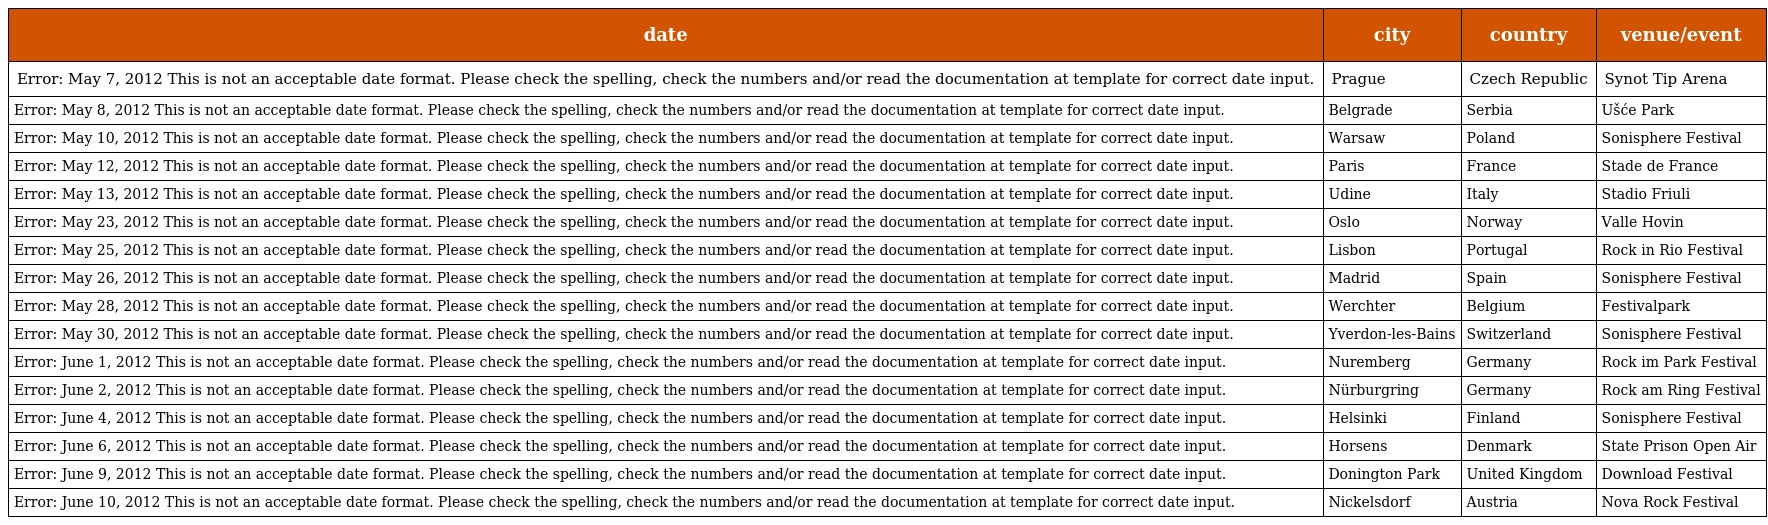
| date | city | country | venue/event |
 | --- | --- | --- | --- |
 | Error: May 7, 2012 This is not an acceptable date format. Please check the spelling, check the numbers and/or read the documentation at template for correct date input. | Prague | Czech Republic | Synot Tip Arena |
 | Error: May 8, 2012 This is not an acceptable date format. Please check the spelling, check the numbers and/or read the documentation at template for correct date input. | Belgrade | Serbia | Ušće Park |
 | Error: May 10, 2012 This is not an acceptable date format. Please check the spelling, check the numbers and/or read the documentation at template for correct date input. | Warsaw | Poland | Sonisphere Festival |
 | Error: May 12, 2012 This is not an acceptable date format. Please check the spelling, check the numbers and/or read the documentation at template for correct date input. | Paris | France | Stade de France |
 | Error: May 13, 2012 This is not an acceptable date format. Please check the spelling, check the numbers and/or read the documentation at template for correct date input. | Udine | Italy | Stadio Friuli |
 | Error: May 23, 2012 This is not an acceptable date format. Please check the spelling, check the numbers and/or read the documentation at template for correct date input. | Oslo | Norway | Valle Hovin |
 | Error: May 25, 2012 This is not an acceptable date format. Please check the spelling, check the numbers and/or read the documentation at template for correct date input. | Lisbon | Portugal | Rock in Rio Festival |
 | Error: May 26, 2012 This is not an acceptable date format. Please check the spelling, check the numbers and/or read the documentation at template for correct date input. | Madrid | Spain | Sonisphere Festival |
 | Error: May 28, 2012 This is not an acceptable date format. Please check the spelling, check the numbers and/or read the documentation at template for correct date input. | Werchter | Belgium | Festivalpark |
 | Error: May 30, 2012 This is not an acceptable date format. Please check the spelling, check the numbers and/or read the documentation at template for correct date input. | Yverdon-les-Bains | Switzerland | Sonisphere Festival |
 | Error: June 1, 2012 This is not an acceptable date format. Please check the spelling, check the numbers and/or read the documentation at template for correct date input. | Nuremberg | Germany | Rock im Park Festival |
 | Error: June 2, 2012 This is not an acceptable date format. Please check the spelling, check the numbers and/or read the documentation at template for correct date input. | Nürburgring | Germany | Rock am Ring Festival |
 | Error: June 4, 2012 This is not an acceptable date format. Please check the spelling, check the numbers and/or read the documentation at template for correct date input. | Helsinki | Finland | Sonisphere Festival |
 | Error: June 6, 2012 This is not an acceptable date format. Please check the spelling, check the numbers and/or read the documentation at template for correct date input. | Horsens | Denmark | State Prison Open Air |
 | Error: June 9, 2012 This is not an acceptable date format. Please check the spelling, check the numbers and/or read the documentation at template for correct date input. | Donington Park | United Kingdom | Download Festival |
 | Error: June 10, 2012 This is not an acceptable date format. Please check the spelling, check the numbers and/or read the documentation at template for correct date input. | Nickelsdorf | Austria | Nova Rock Festival |